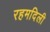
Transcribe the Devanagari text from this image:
रहमदिली